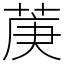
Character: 菮